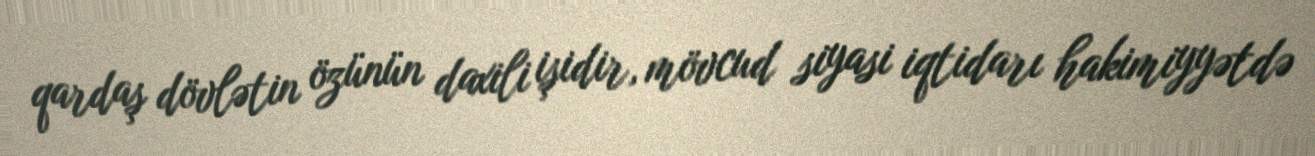
qardaş dövlətin özünün daxili işidir, mövcud siyasi iqtidarı hakimiyyətdə